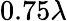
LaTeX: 0.75\lambda